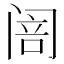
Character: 𮸦